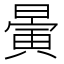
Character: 𣊇